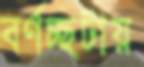
বর্ণচ্ছটায়